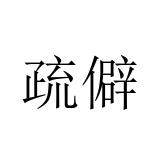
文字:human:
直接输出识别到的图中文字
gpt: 疏僻